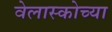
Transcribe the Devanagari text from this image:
वेलास्कोच्या